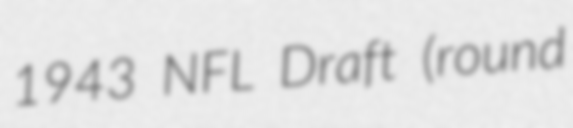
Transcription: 1943 NFL Draft (round